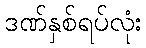
ဒဏ်နှစ်ရပ်လုံး